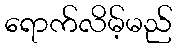
ရောက်လိမ့်မည်